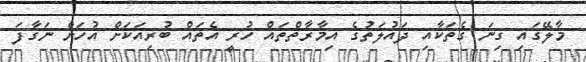
މާލޭގައި ގިނަ ގެތަކާއި ދައުލަތުގެ އިމާރާތްތައް ހުރީ އެތައް ބުރިއަކަށް އުހަށް ނަގާފަ